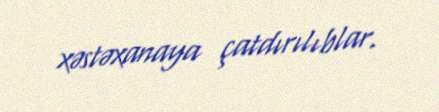
xəstəxanaya çatdırılıblar.